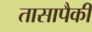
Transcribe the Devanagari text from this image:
तासापैकी